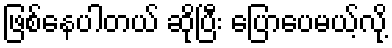
ဖြစ်နေပါတယ် ဆိုပြီး ပြောပေမယ့်လို့